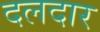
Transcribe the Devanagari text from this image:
दलदार